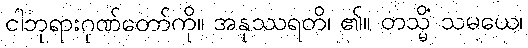
ငါဘုရားဂုဏ်တော်ကို။ အနုဿရတိ၊ ၏။ တသ္မိံ သမယေ၊